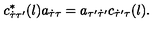
c _ { \dot { \tau } \tau ^ { \prime } } ^ { * } ( l ) a _ { \dot { \tau } \tau } = a _ { \tau ^ { \prime } \dot { \tau } ^ { \prime } } c _ { \dot { \tau } ^ { \prime } \tau } ( l ) .